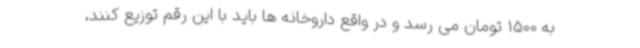
به 1500 تومان می رسد و در واقع داروخانه ها باید با این رقم توزیع کنند،